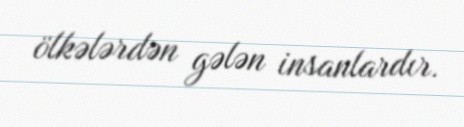
ölkələrdən gələn insanlardır.